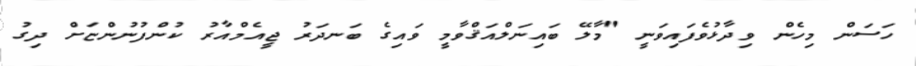
ހަސަން މިހެން ވިދާޅުވެފައިވަނީ "މާލޭ ބައިނަލްއަޤްވާމީ ވައިގެ ބަނދަރު ޖީއެމްއާރު ކުންފުނުންޏަށް ދިގު